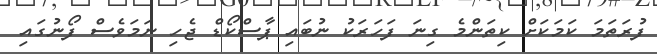
ފުރަތަމަ ކަމަކަށް ކިތަންމެ ގިނަ ފަހަރަކު ނުބައި ޕާސްކޯޑް ޖެހި ނަމަވެސް ފޯނުގައި